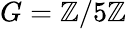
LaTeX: G=\mathbb{Z}/5\mathbb{Z}